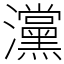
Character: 灙